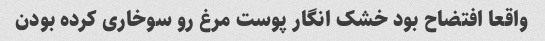
واقعا افتضاح بود خشک انگار پوست مرغ رو سوخاری کرده بودن